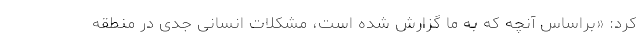
کرد: «براساس آنچه که به ما گزارش شده است، مشکلات انسانی جدی در منطقه